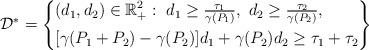
LaTeX: \begin{align*} \mathcal{D}^*=\left\{\begin{aligned} &(d_1,d_2)\in \mathbb{R}^2_+:\ d_1\geq \tfrac{\tau_1}{\gamma(P_1)},\ d_2\geq \tfrac{\tau_2}{\gamma(P_2)}, \\ &[\gamma(P_1+P_2)-\gamma(P_2)]d_1+\gamma(P_2)d_2\geq \tau_1+\tau_2 \end{aligned}\right\}\end{align*}